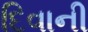
દિવાની